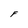
Character: F